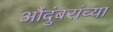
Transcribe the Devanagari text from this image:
औंदुंबरांच्या